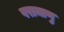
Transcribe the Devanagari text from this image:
परामाणु